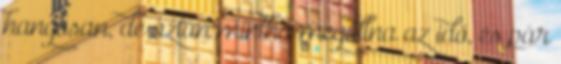
hangosan, de aztán mintha megállna az idő, és pár